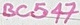
Text: BC547